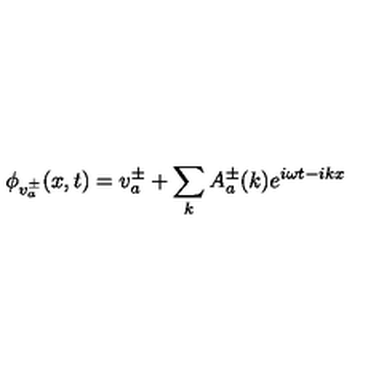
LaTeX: \phi _ { v _ { a } ^ { \pm } } ( x , t ) = v _ { a } ^ { \pm } + \sum _ { k } A _ { a } ^ { \pm } ( k ) e ^ { i \omega t - i k x }